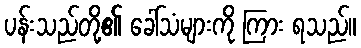
ပန်းသည်တို့၏ ခေါ်သံများကို ကြား ရသည်။